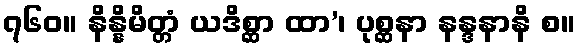
၇၆၀။ နိန္နိမိတ္တံ ယဒိစ္ဆာ ထာ’၊ ပုစ္ဆနာ နန္ဒနာနိ စ။